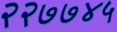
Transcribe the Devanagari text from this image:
२२७७४५